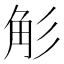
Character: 𮗢